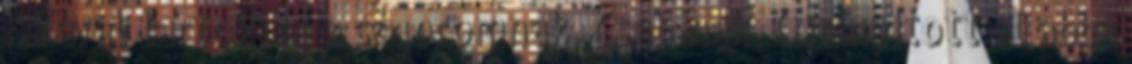
Hálával tartozom a sógoromnak, Csabának. Ő irányított el abba